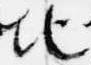
地